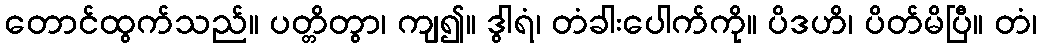
တောင်ထွက်သည်။ ပတ္တိတွာ၊ ကျ၍။ ဒွါရံ၊ တံခါးပေါက်ကို။ ပိဒဟိ၊ ပိတ်မိပြီ။ တံ၊